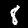
Digit: 8